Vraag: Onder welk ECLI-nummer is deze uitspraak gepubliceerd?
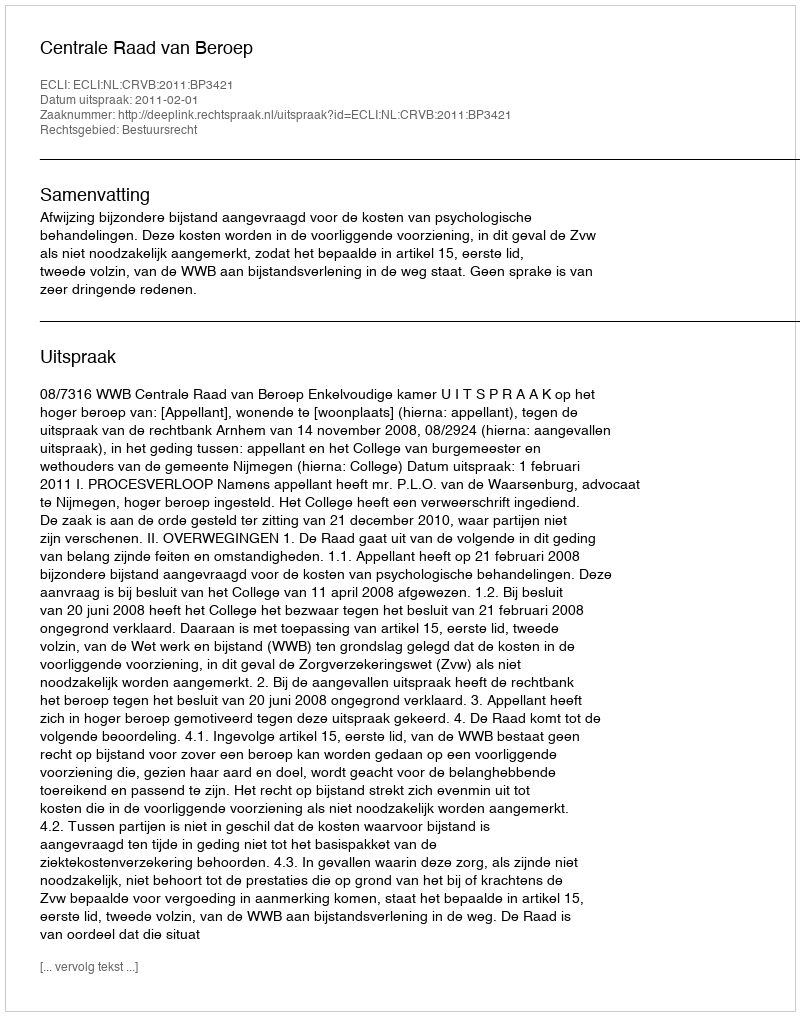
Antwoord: ECLI:NL:CRVB:2011:BP3421